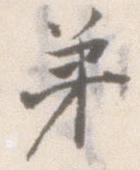
弟